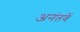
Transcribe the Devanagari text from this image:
अनंतवें